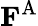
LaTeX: \mathbf{F}^{\mathrm{A}}